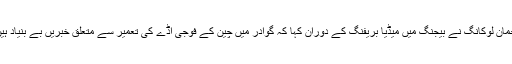
غیر ملکی میڈیا کے مطابق چینی وزارت خارجہ کے ترجمان لوکانگ نے بیجنگ میں میڈیا بریفنگ کے دوران کہا کہ گوادر میں چین کے فوجی اڈے کی تعمیر سے متعلق خبریں بے بنیاد ہیں اور اس حوالے سے تمام اطلاعات کو مسترد کرتے ہیں۔